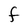
Character: f